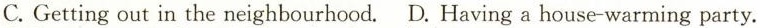
C. Getting out in the neighbourhood. D. Having a house-warming party.